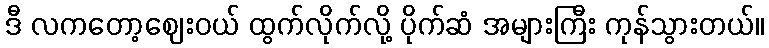
ဒီ လကတော့ဈေးဝယ် ထွက်လိုက်လို့ ပိုက်ဆံ အများကြီး ကုန်သွားတယ်။